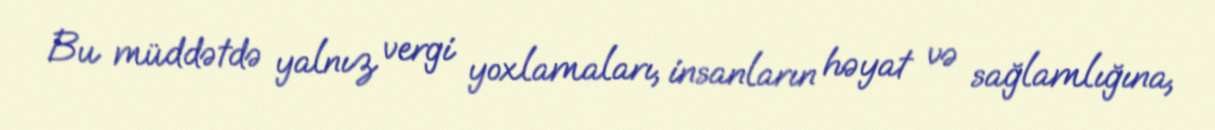
Bu müddətdə yalnız vergi yoxlamaları, insanların həyat və sağlamlığına,